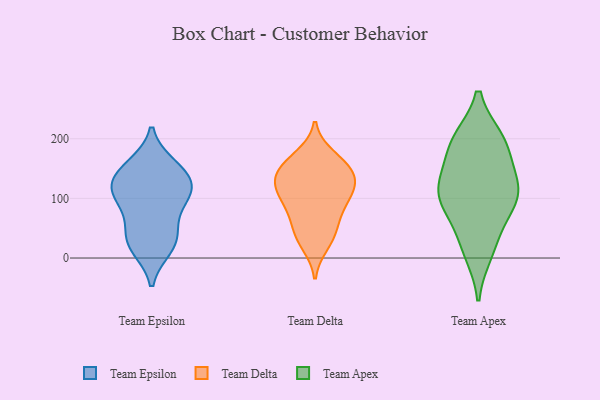
{"axis": {"x": "Tickets Resolved", "y": "Value"}, "legend": ["Team Apex", "Team Delta", "Team Epsilon"], "data": [{"x": "", "y": 98, "type": "Team Epsilon"}, {"x": "", "y": 107, "type": "Team Epsilon"}, {"x": "", "y": 120, "type": "Team Epsilon"}, {"x": "", "y": 21, "type": "Team Epsilon"}, {"x": "", "y": 124, "type": "Team Epsilon"}, {"x": "", "y": 92, "type": "Team Epsilon"}, {"x": "", "y": 136, "type": "Team Epsilon"}, {"x": "", "y": 151, "type": "Team Epsilon"}, {"x": "", "y": 155, "type": "Team Epsilon"}, {"x": "", "y": 37, "type": "Team Epsilon"}, {"x": "", "y": 17, "type": "Team Epsilon"}, {"x": "", "y": 47, "type": "Team Epsilon"}, {"x": "", "y": 23, "type": "Team Delta"}, {"x": "", "y": 119, "type": "Team Delta"}, {"x": "", "y": 92, "type": "Team Delta"}, {"x": "", "y": 38, "type": "Team Delta"}, {"x": "", "y": 123, "type": "Team Delta"}, {"x": "", "y": 109, "type": "Team Delta"}, {"x": "", "y": 44, "type": "Team Delta"}, {"x": "", "y": 141, "type": "Team Delta"}, {"x": "", "y": 121, "type": "Team Delta"}, {"x": "", "y": 159, "type": "Team Delta"}, {"x": "", "y": 85, "type": "Team Delta"}, {"x": "", "y": 144, "type": "Team Delta"}, {"x": "", "y": 155, "type": "Team Delta"}, {"x": "", "y": 69, "type": "Team Delta"}, {"x": "", "y": 171, "type": "Team Delta"}, {"x": "", "y": 198, "type": "Team Apex"}, {"x": "", "y": 197, "type": "Team Apex"}, {"x": "", "y": 165, "type": "Team Apex"}, {"x": "", "y": 106, "type": "Team Apex"}, {"x": "", "y": 112, "type": "Team Apex"}, {"x": "", "y": 195, "type": "Team Apex"}, {"x": "", "y": 27, "type": "Team Apex"}, {"x": "", "y": 10, "type": "Team Apex"}, {"x": "", "y": 126, "type": "Team Apex"}, {"x": "", "y": 71, "type": "Team Apex"}, {"x": "", "y": 102, "type": "Team Apex"}, {"x": "", "y": 109, "type": "Team Apex"}]}